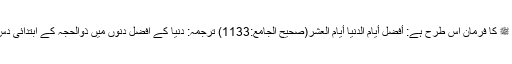
ایک حدیث میں نبی ﷺ کا فرمان اس طرح ہے: أفضلُ أيامِ الدنيا أيامُ العشْرِ(صحيح الجامع:1133) ترجمہ: دنیا کے افضل دنوں میں ذوالحجہ کے ابتدائی دس دن افضل دن ہیں ۔